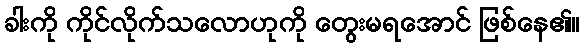
ခါးကို ကိုင်လိုက်သလောဟုကို တွေးမရအောင် ဖြစ်နေ၏။